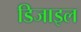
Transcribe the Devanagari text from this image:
डिजाइल